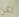
لكن